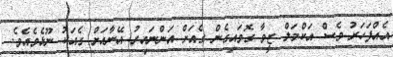
އެއްފަހަރު ވެސް އަކްމަލް ޒީވާ ގޮވައިގެން ގެއަށް އަންނައިރު އޭނާއަށް ގެއަކު ނޫޅެވެއެވެ.